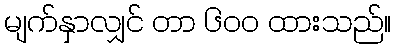
မျက်နှာလျှင် တာ ၆၀၀ ထားသည်။